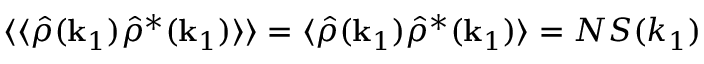
\langle \langle \hat { \rho } ( \mathbf { k } _ { 1 } ) \hat { \rho } ^ { * } ( \mathbf { k } _ { 1 } ) \rangle \rangle = \langle \hat { \rho } ( \mathbf { k } _ { 1 } ) \hat { \rho } ^ { * } ( \mathbf { k } _ { 1 } ) \rangle = N S ( k _ { 1 } )